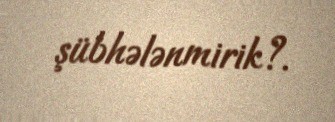
şübhələnmirik?.